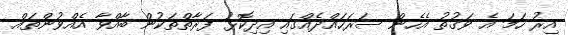
އިރު ހަމަ އެ ވަގުތު އެހެން ސަރަހައްދެއްގައި އިދިކޮޅު ފަރާތްތަކުން ބާއްވާ އެއްވުންތައް